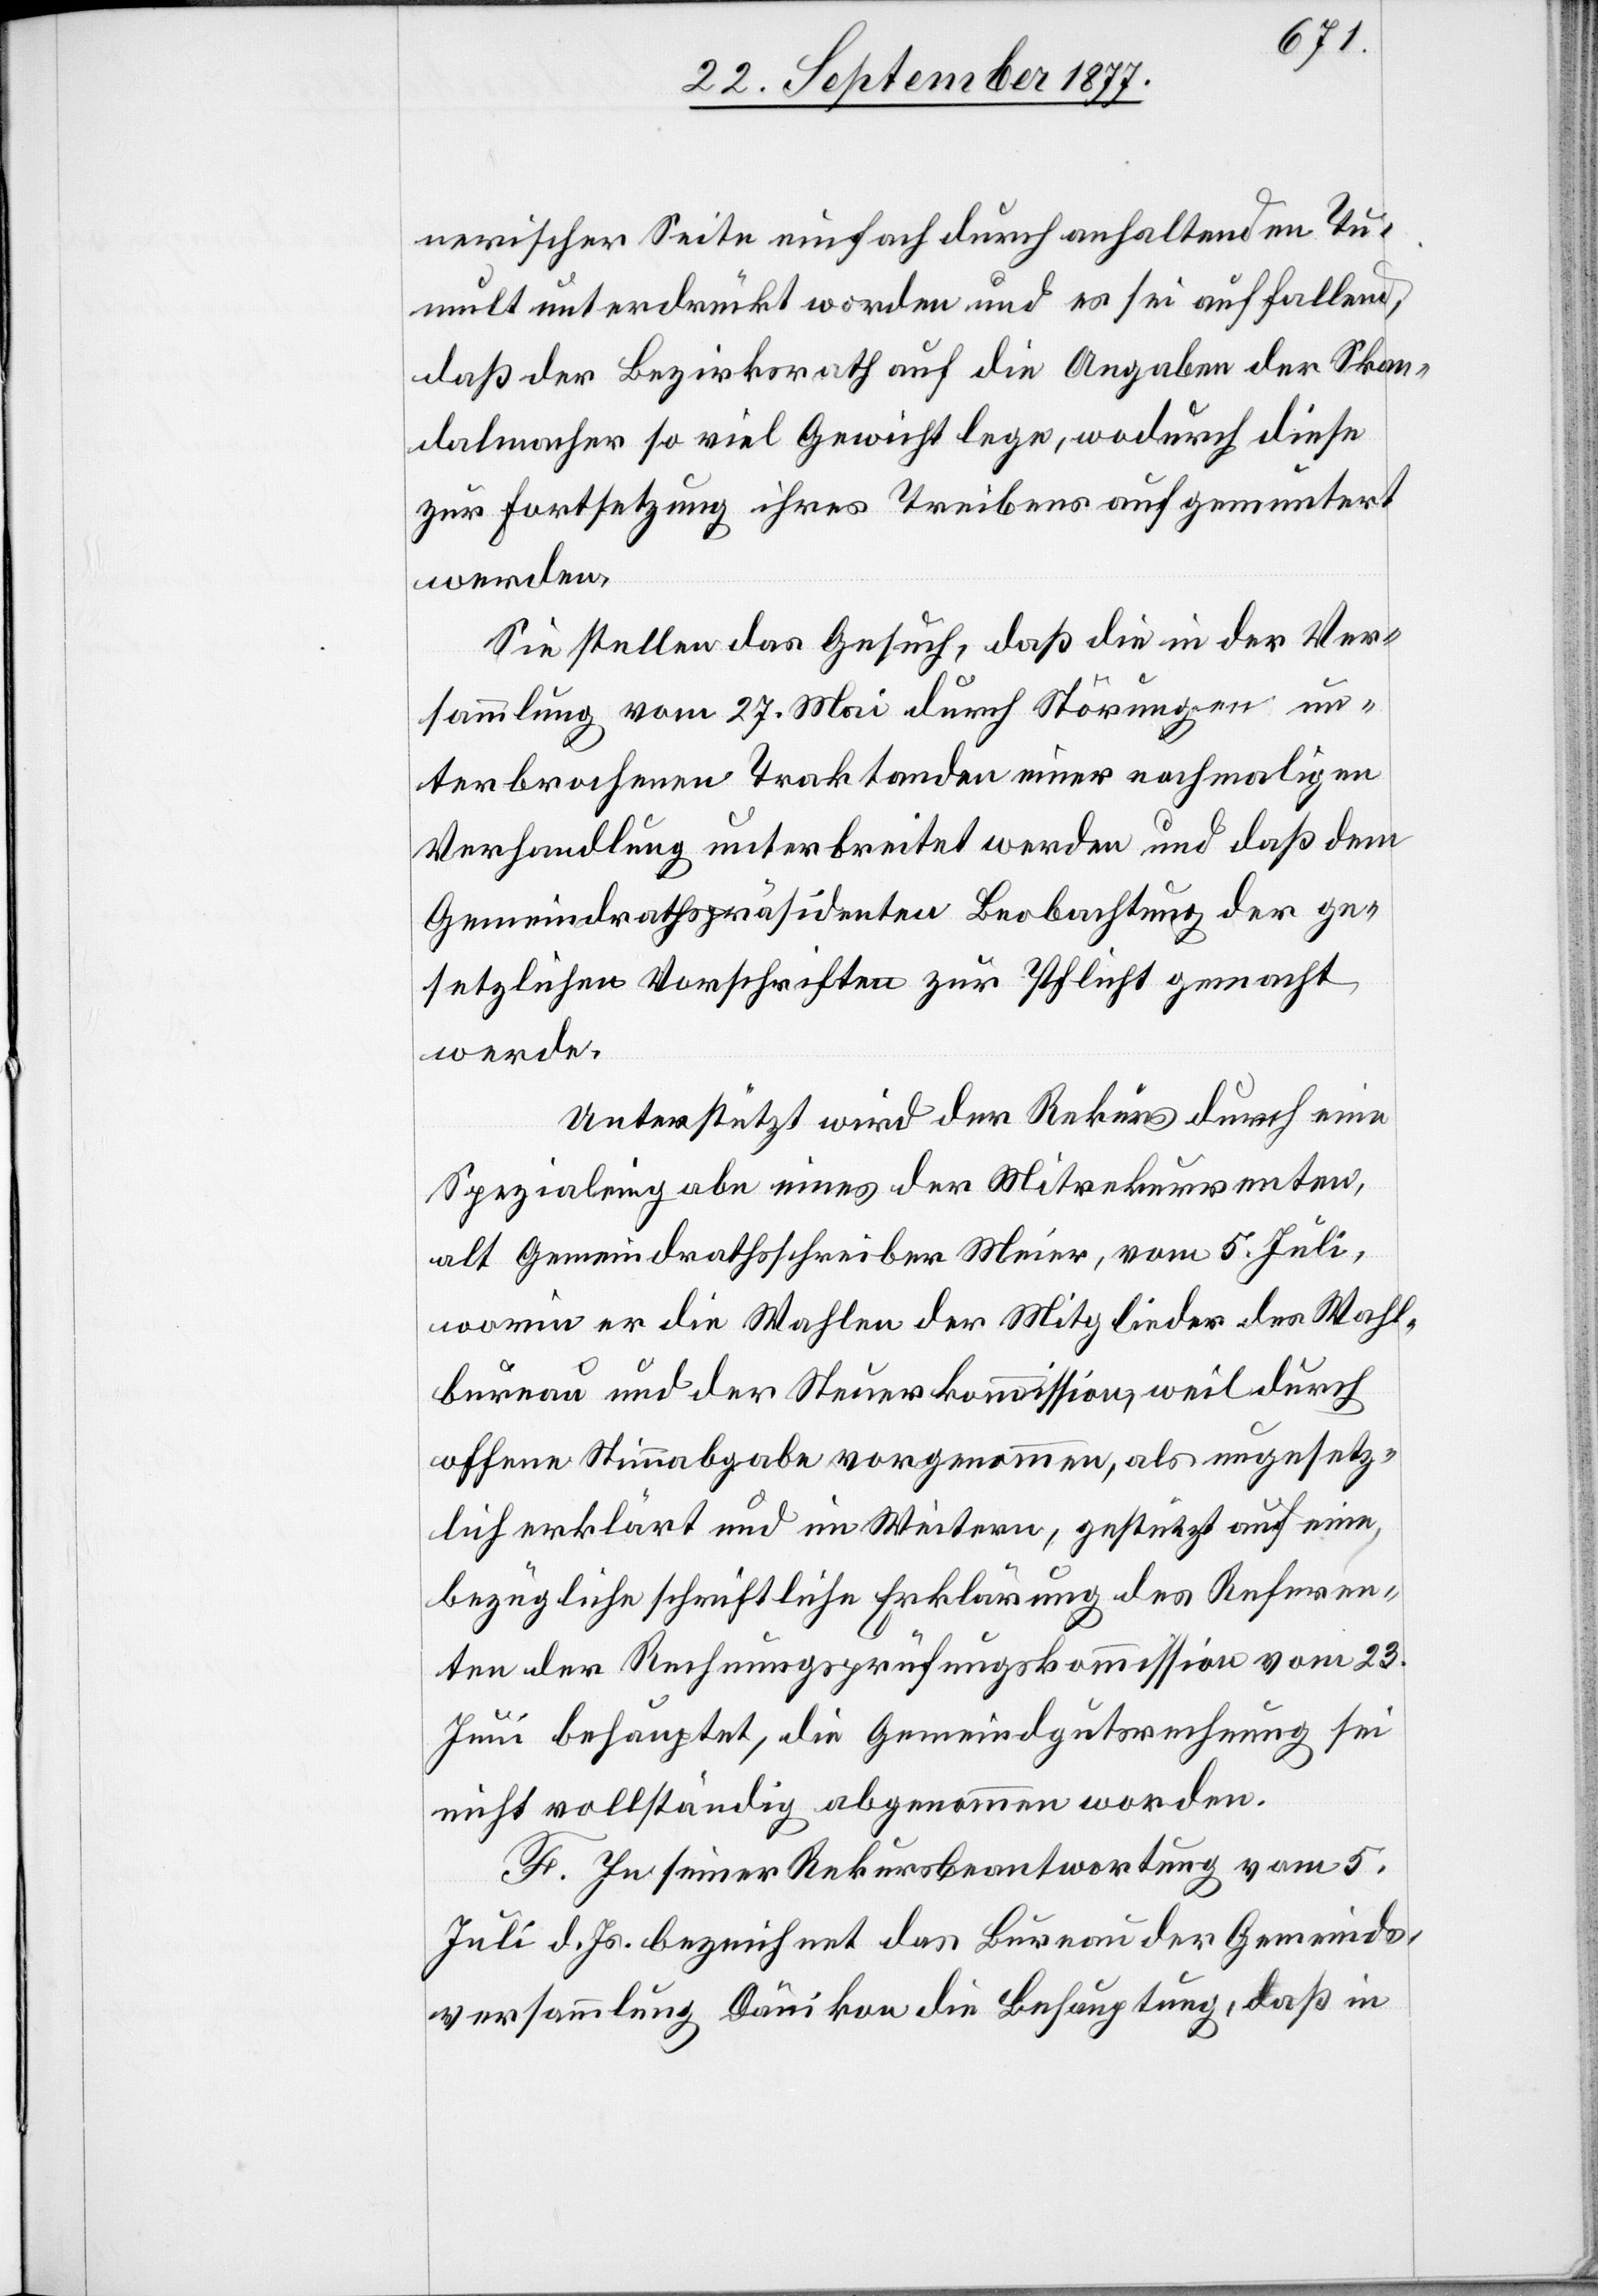
nerischer Seite einfach durch anhaltenden Tu¬
mult unterdrückt worden und es sei auffallend,
daß der Bezirksrath auf die Angaben der Skan¬
dalmacher so viel Gewicht lege, wodurch diese
zur Fortsetzung ihres Treibens aufgemuntert
werden.
Sie stellen das Gesuch, daß die in der Ver¬
sammlung vom 27. Mai durch Störungen un¬
terbrochenen Traktanden einer nochmaligen
Verhandlung unterbreitet werden und daß dem
Gemeindrathspräsidenten Beobachtung der ge¬
setzlichen Vorschriften zur Pflicht gemacht
werde.
Unterstützt wird der Rekurs durch eine
Spezialeingabe eines der Mitrekurrenten,
alt Gemeindrathsschreiber Meier, vom 5. Juli,
worin er die Wahlen der Mitglieder des Wahl¬
bureau und der Steuerkommission, weil durch
offene Stimmabgabe vorgenommen, als ungesetz¬
lich erklärt und im Weitern, gestützt auf eine
bezügliche schriftliche Erklärung des Referen¬
ten der Rechnungsprüfungskommission vom 23.
Juni behauptet, die Gemeindgutsrechnung sei
nicht vollständig abgenommen worden.
F. In seiner Rekursbeantwortung vom 5.
Juli d. Js. bezeichnet das Bureau der Gemeinds¬
versammlung Dänikon die Behauptung, daß in